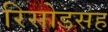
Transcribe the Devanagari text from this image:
रिसोडसह